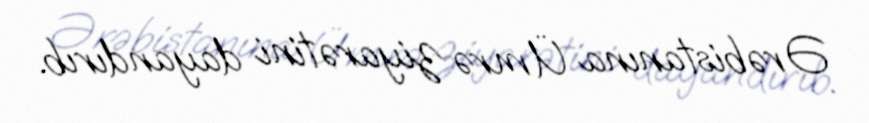
Ərəbistanına Ümrə ziyarətini dayandırıb.